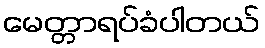
မေတ္တာရပ်ခံပါတယ်